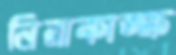
নিরাকাঙ্ক্ষ